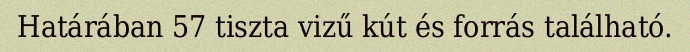
Határában 57 tiszta vizű kút és forrás található.